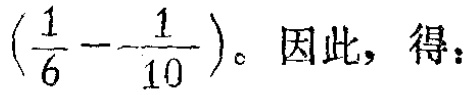
$\left(\frac{1}{6}--\frac{1}{10}\right)$。因此，得：